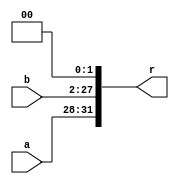
`timescale 1ns / 1ps
//2021.5.15 
module ii(
    input [3:0] a,
    input [25:0] b,
    output [31:0] r
    );
    assign r = {a, b, 2'b00};
endmodule